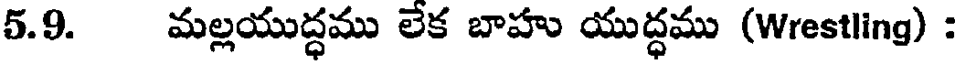
5.9. మల్లయుద్ధము లేక బాహు యుద్ధము (Wrestling) :